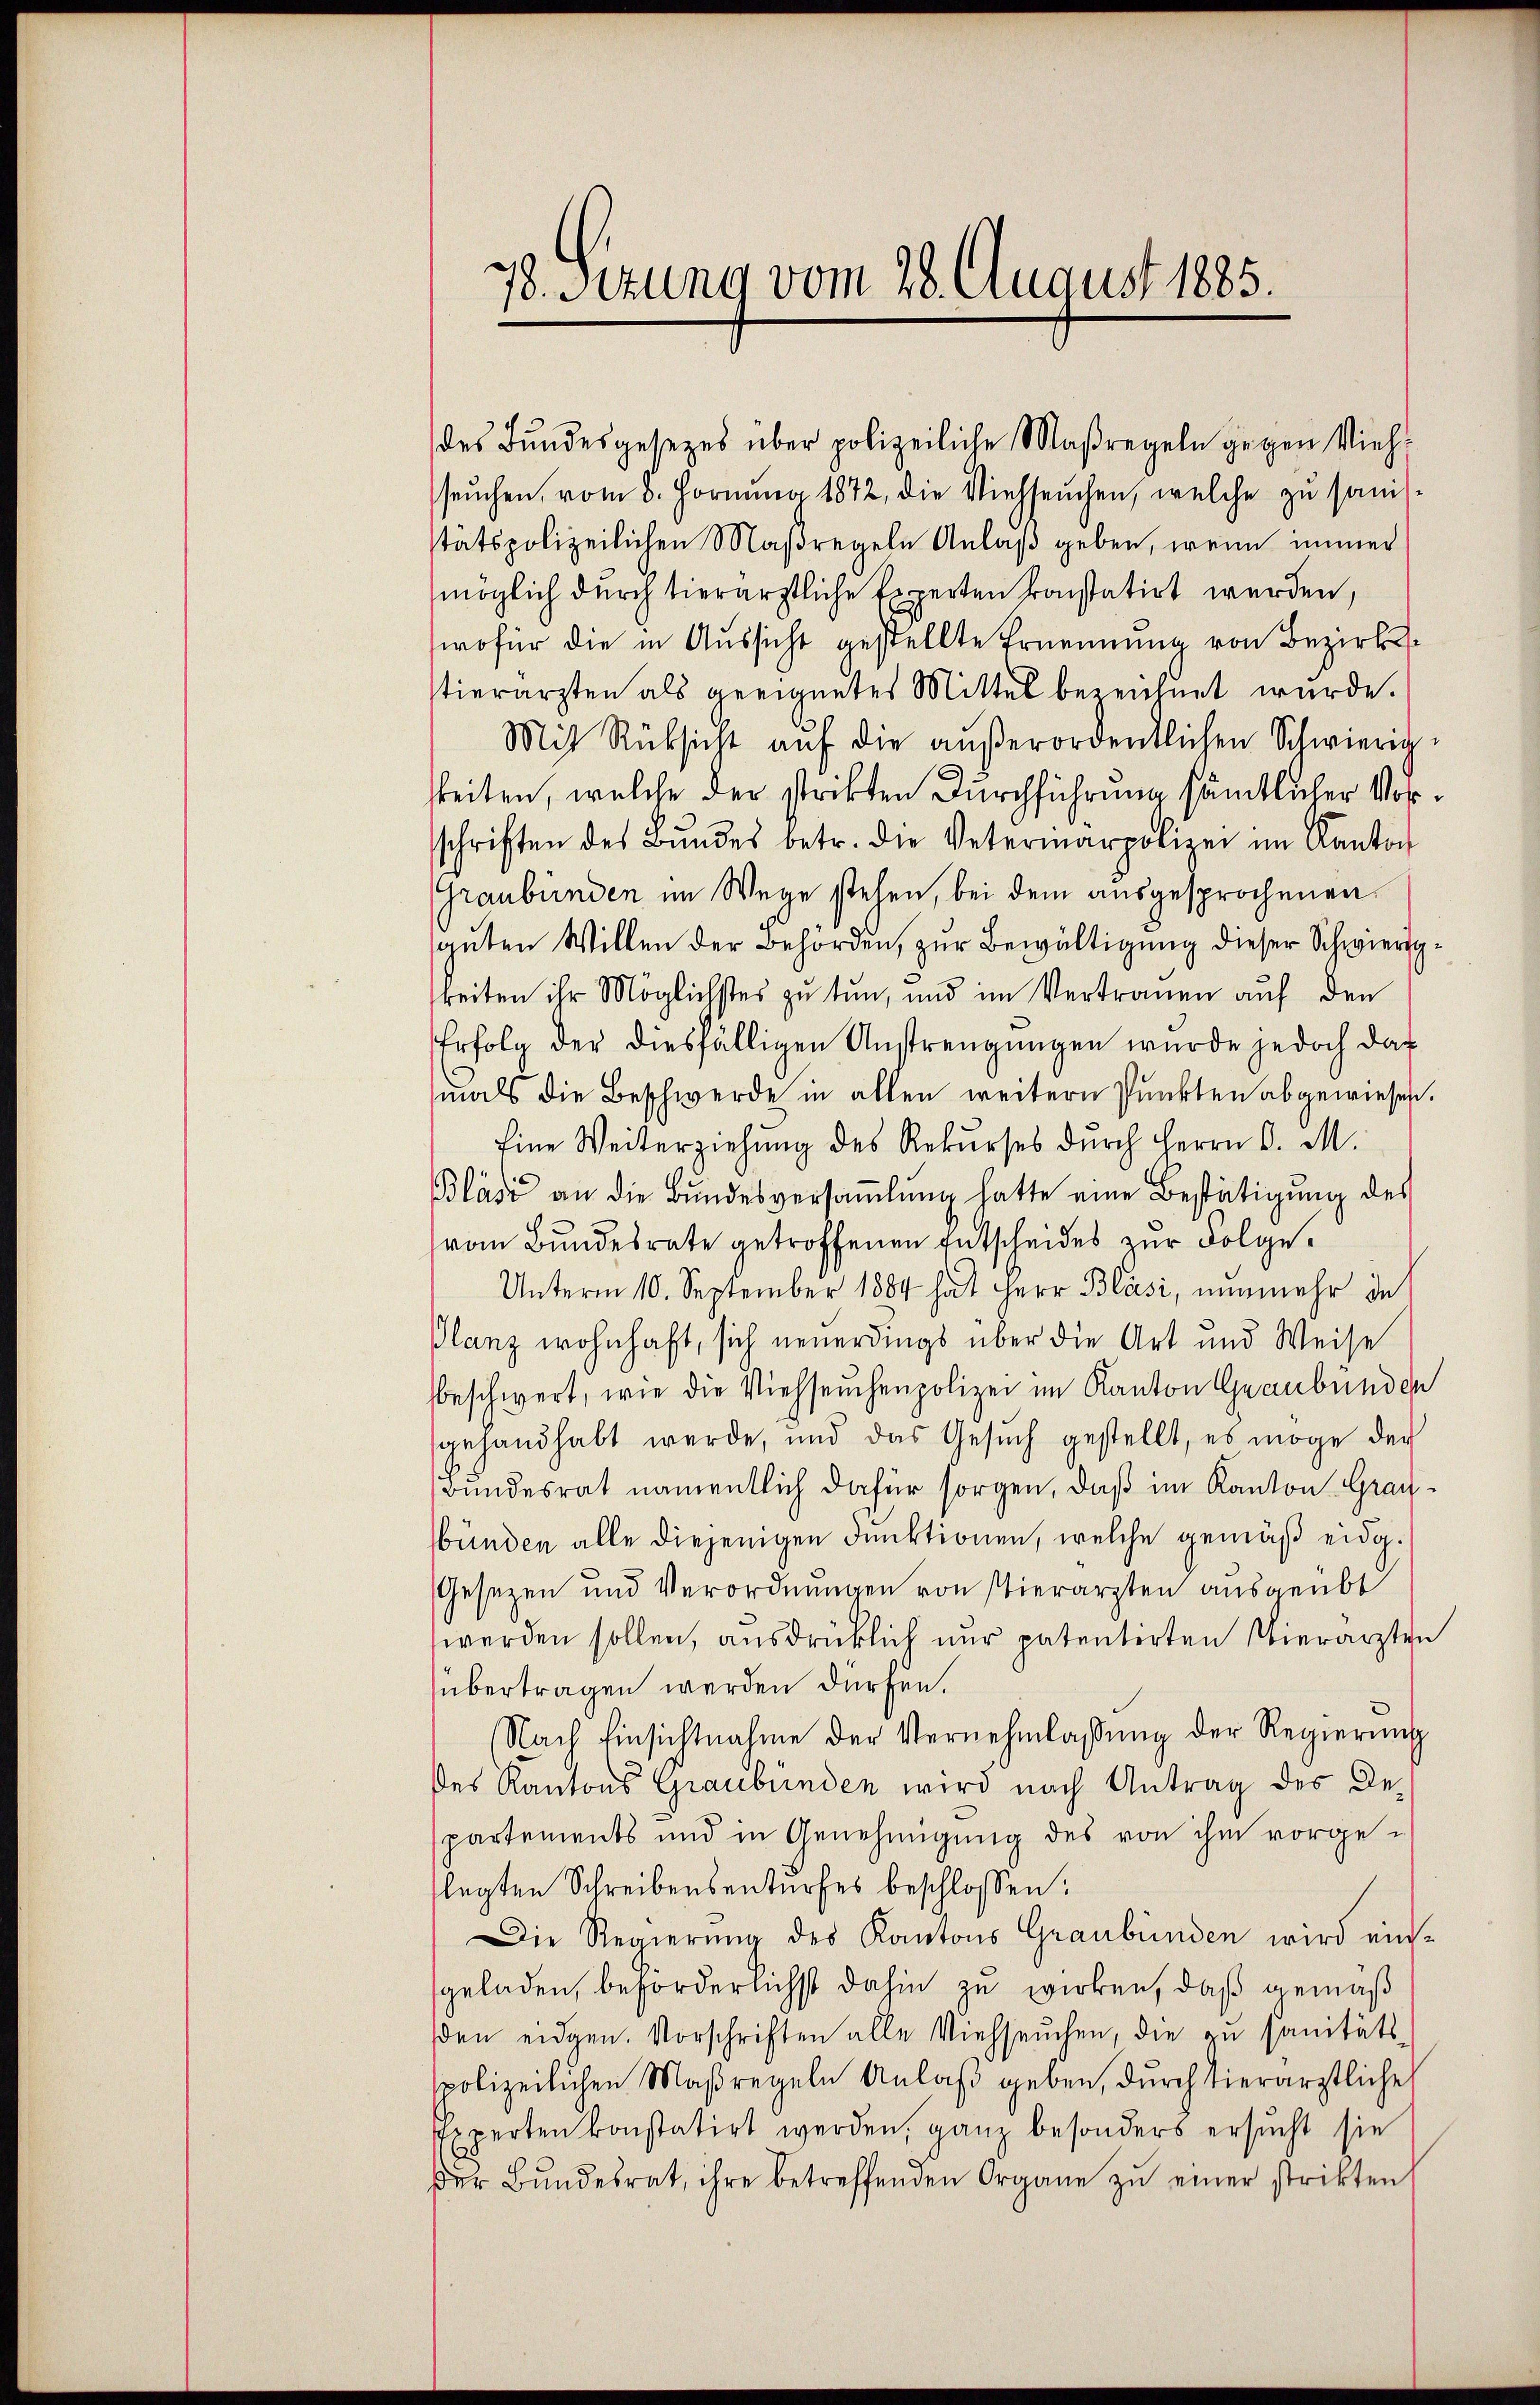
78. Sitzung vom 28. August 1885.

des Bundesgesezes über polizeiliche Maßregeln gegen Viehseuchen, vom 8. Fornŭng 1872, die Viehseuchen, welche zu sans
stätspolizeilichen Maßregeln Anlaß geben, wenn immer
möglich durch tierärztliche Experten konstatirt werden,
wofür die in Aussicht gestellte Ernennung von Bezirksstierarzten als geeignetes Mittel bezeichnet wurde.
Mit Rücksicht aŭf die aŭβerordentlichen Schwierig-
keiten, welche der strikten Durchführung sämtlicher Vorschriften des Bundes betr. die Veterinärpolizei im Kanton
Graubünden im Wege stehen, bei dem ausgesprochenen
guten Willen der Behörden, zur Bewältigung dieser Schwierigbeiten ihr Möglichstes zu tun, und im Vertrauen auf den
Erfolg der diesfälligen Anstrengungen wurde jedoch das
mals die Beschwerde in allen weitern Punkten abgewiesen.
Eine Weiterziehung des Rekŭrses durch Herrn D. M.
Bläsi an die Bŭndesversaṁlŭng hatte eine Bestätigŭng des
vom Bundesrate getroffenen Entscheides zur Folge¬
Unterm 10. September 1884 hat Herr Bläsi, nunmehr de
Glanz wohnhaft, sich neuerdings über die Art und Weise
beschwert, wie die Viehseuchenpolizei im Kanton Graubünden
gehandhabt werde, und das Gesŭch gestellt, es möge der
Bundesrat namentlich dafür sorgen, daß im Kanton Graubünden alle diejenigen dunktionen, welche gemäß eidg.
Gesezen und Verordnungen von stierarzten ausgeübt
werden sollen, ausdrücklich nur patentirten Vierärzten
übertragen werden dürfen.
Nach Einsichtnahme der Vernehmlassung der Regierung
des Kantons Graubünden wird nach Antrag des Departements und in Genehmigung des von ihm vorgelegten Schreibensenturfes beschlossen:
Die Regierung des Kantons Graubünden wird eingeladen, beforderlichst dahin zu wirken, daß gemäß
den eidgen. Vorschriften alle Viehseuchen, die zu sanitäts-
polizeilichen Maßregeln Anlaß geben, durch Tierärztliche
Experten konstatirt werden, ganz besonders ersucht sie
der Bŭndesrat, ihre betreffenden Organe zŭ einer strikten